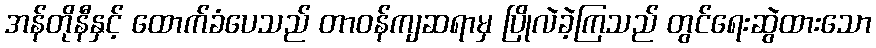
အန်တိုနီနှင့် ထောက်ခံပေသည် တာဝန်ကျဆရာမှ ပြိုလဲခဲ့ကြသည် တွင်ရေးဆွဲထားသော